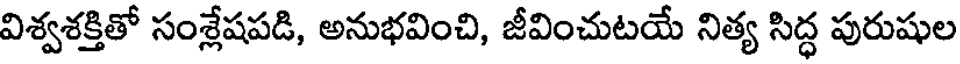
విశ్వశక్తితో సంశ్లేషపడి, అనుభవించి, జీవించుటయే నిత్య సిద్ధ పురుషుల